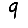
Digit: 9